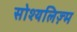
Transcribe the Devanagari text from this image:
सोश्यलिज़्म